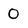
Character: 0